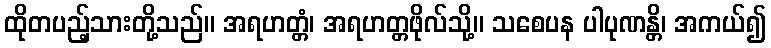
ထိုတပည့်သားတို့သည်။ အရဟတ္တံ၊ အရဟတ္တဖိုလ်သို့။ သစေပန ပါပုဏန္တိ၊ အကယ်၍